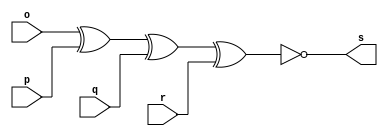
// ---------------------
// Guia 01_03 - XNOR
// Nome: Alyson Deives
// ---------------------

// ---------------------
// -- xnor gate
// ---------------------

module xnorgate (s, o, p, q, r);
 output s;
 input  o, p, q, r;

 assign s = ~(o ^ p ^ q ^ r);

endmodule // xnorgate

// ---------------------
// -- test xnor gate
// ---------------------

module testxnorgate;
 reg   a, b, c, d;
 wire  s;
          // instancia
 xnorgate XNOR1 (s, a, b, c, d);
 
          // parte principal
 initial begin
      $display("Guia 01_03 - Alyson Deives - 416589");
      $display("Test XNOR gate");
      $display("\na ^ b ^ c ^ d = s\n");
      a=0; b=0;c=0;d=0;
  #1  $display("%b ^ %b ^ %b ^ %b = %b", a, b, c, d, s);
      a=0; b=0;c=0;d=1;
  #1  $display("%b ^ %b ^ %b ^ %b = %b", a, b, c, d, s);
      a=0; b=0;c=1;d=0;
  #1  $display("%b ^ %b ^ %b ^ %b = %b", a, b, c, d, s);
      a=0; b=0;c=1;d=1;
  #1  $display("%b ^ %b ^ %b ^ %b = %b", a, b, c, d, s);
      a=0; b=1;c=0;d=0;
  #1  $display("%b ^ %b ^ %b ^ %b = %b", a, b, c, d, s);
      a=0; b=1;c=0;d=1;
  #1  $display("%b ^ %b ^ %b ^ %b = %b", a, b, c, d, s);
      a=0; b=1;c=1;d=0;
  #1  $display("%b ^ %b ^ %b ^ %b = %b", a, b, c, d, s);
      a=0; b=1;c=1;d=1;
  #1  $display("%b ^ %b ^ %b ^ %b = %b", a, b, c, d, s);
      a=1; b=0;c=0;d=0;
  #1  $display("%b ^ %b ^ %b ^ %b = %b", a, b, c, d, s);
      a=1; b=0;c=0;d=1;
  #1  $display("%b ^ %b ^ %b ^ %b = %b", a, b, c, d, s);
      a=1; b=0;c=1;d=0;
  #1  $display("%b ^ %b ^ %b ^ %b = %b", a, b, c, d, s);
      a=1; b=0;c=1;d=1;
  #1  $display("%b ^ %b ^ %b ^ %b = %b", a, b, c, d, s);
      a=1; b=1;c=0;d=0;
  #1  $display("%b ^ %b ^ %b ^ %b = %b", a, b, c, d, s);
      a=1; b=1;c=0;d=1;
  #1  $display("%b ^ %b ^ %b ^ %b = %b", a, b, c, d, s);
      a=1; b=1;c=1;d=0;
  #1  $display("%b ^ %b ^ %b ^ %b = %b", a, b, c, d, s);
      a=1; b=1;c=1;d=1;
  #1  $display("%b ^ %b ^ %b ^ %b = %b", a, b, c, d, s);
  end

endmodule // testxnorgate